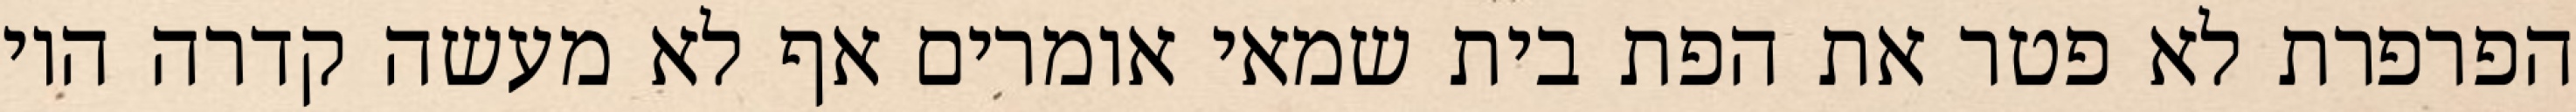
הפרפרת לא פטר את הפת בית שמאי אומרים אף לא מעשה קדרה היו